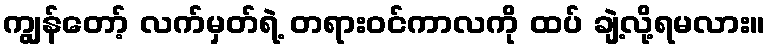
ကျွန်တော့် လက်မှတ်ရဲ့ တရားဝင်ကာလကို ထပ် ချဲ့လို့ရမလား။